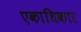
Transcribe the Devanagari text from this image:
एकाधिकार